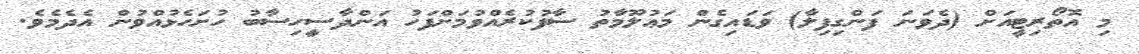
މި އޮތޯރިޓީއަށް (ދެވަނަ ފަންގިފިލާ) ވަޑައިގެން މަޢުލޫމާތު ސާފުކުރެއްވުމަށްފަހު އަންދާސީހިސާބު ހުށަހެޅުއްވުން އެދެމެވެ.